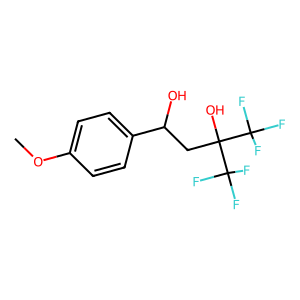
SMILES: COc1ccc(C(O)CC(O)(C(F)(F)F)C(F)(F)F)cc1
Inhibits HIV replication: No